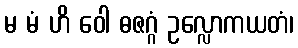
မ မံ ဟိ ဝေါ ဓဇဂ္ဂံ ဥလ္လောကယတံ၊